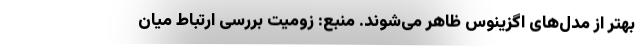
بهتر از مدل‌های اگزینوس ظاهر می‌شوند. منبع: زومیت بررسی ارتباط میان